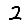
Digit: 2